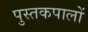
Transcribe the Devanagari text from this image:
पुस्तकपालों